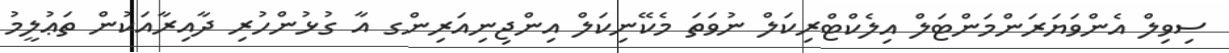
ސިވިލް އެންވަޔަރަންމަންޓަލް އިލެކްޓްރިކަލް ނުވަތަ މެކޭނިކަލް އިންޖިނިއަރިންގ އާ ގުޅުންހުރި ދާއިރާއަކުން ތަޢުލީމު